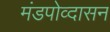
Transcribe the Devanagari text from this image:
मंडपोव्दासन